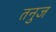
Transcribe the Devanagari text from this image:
तनुज